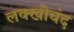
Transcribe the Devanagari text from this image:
लक्खीचंद